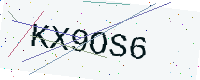
Text: KX9OS6